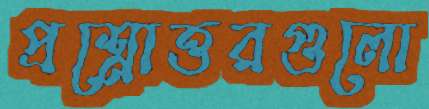
প্রশ্নোত্তরগুলো